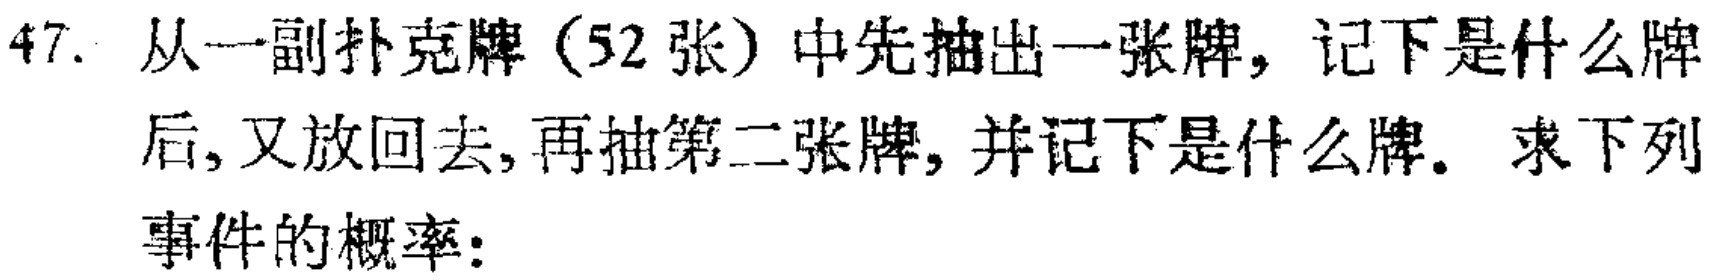
47. 从一副扑克牌（52 张）中先抽出一张牌，记下是什么牌后，又放回去，再抽第二张牌，并记下是什么牌。求下列事件的概率：